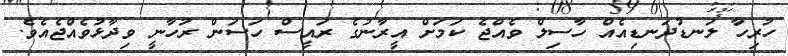
ހުރިހާ ލަނޑުދަނޑިއެއް ހާސިލް ވެއްޖެ ކަމަށް އީރާނުގެ ރައީސް ހަސަން ރުހާނީ ވިދާޅުވެއްޖެއެވެ.